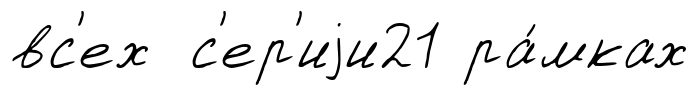
вс'ех с'ер'иjи21 ра́мках